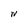
Character: N